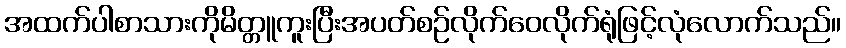
အထက်ပါစာသားကိုမိတ္တူကူးပြီးအပတ်စဉ်လိုက်ဝေလိုက်ရုံဖြင့်လုံလောက်သည်။